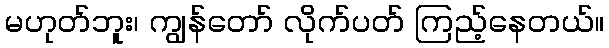
မဟုတ်ဘူး၊ ကျွန်တော် လိုက်ပတ် ကြည့်နေတယ်။